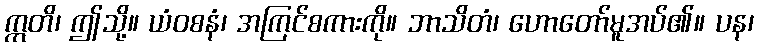
ဣတိ၊ ဤသို့။ ယံဝစနံ၊ အကြင်စကားကို။ ဘာသိတံ၊ ဟောတော်မူအပ်၏။ ပန၊